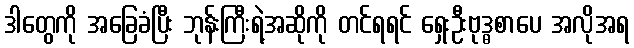
ဒါတွေကို အခြေခံပြီး ဘုန်းကြီးရဲ့အဆိုကို တင်ရရင် ရှေးဦးဗုဒ္ဓစာပေ အလိုအရ